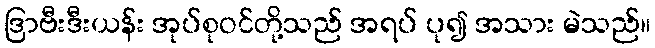
ဒြာဗီးဒီးယန်း အုပ်စုဝင်တို့သည် အရပ် ပု၍ အသား မဲသည်။